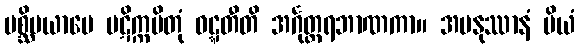
ပစ္ဆိမယာမေ ပဋိက္ကမိတုံ ဝဋ္ဋတီတိ အင်္ဂုတ္တရဘာဏကာ။ အမနုဿာနံ ပိယံ